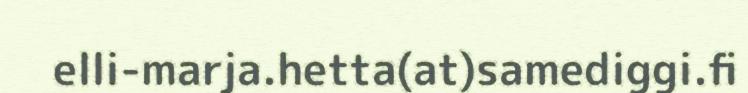
elli-marja.hetta(at)samediggi.fi